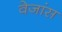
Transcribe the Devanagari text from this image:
वेजांस